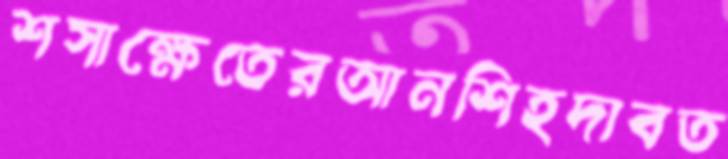
শসাক্ষেতেরআনশিহদাবত